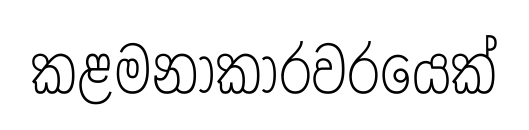
කළමනාකාරවරයෙක්